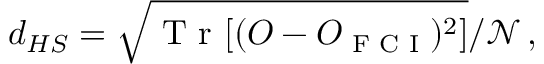
d _ { H S } = \sqrt { \textup { T r } [ ( O - O _ { \textup { F C I } } ) ^ { 2 } ] } / { \mathcal N } \, ,